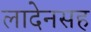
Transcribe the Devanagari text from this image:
लादेनसह